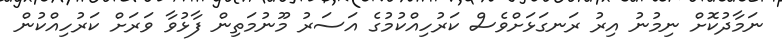
ނަމާދުކޮށް ނިމުނު އިރު ރަނގަޅަށްވެސް ކަރުހިއްކުމުގެ އަސަރު މޫނުމަތިން ފާޅުވާ ވަރަށް ކަރުހިއްކުން